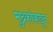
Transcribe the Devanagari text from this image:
मुद्रकांकडून